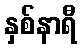
နှစ်နာရီ